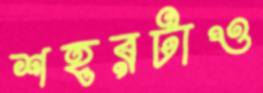
শহরটাও